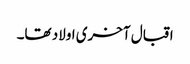
اقبال آخری اولاد تھا۔